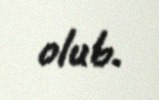
olub.